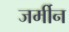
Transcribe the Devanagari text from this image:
जर्मीन